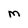
Character: m